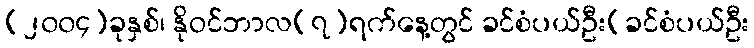
(၂၀၀၄)ခုနှစ်၊ နိုဝင်ဘာလ(၇)ရက်နေ့တွင် ခင်စံပယ်ဦး(ခင်စံပယ်ဦး